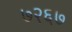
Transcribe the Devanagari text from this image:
७२६७